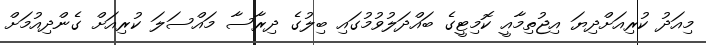
މިއަދު ކުރިއަށްދިޔަ އިޖުތިމާއީ ކޮމިޓީގެ ބައްދަލުވުމުގައި ބިލުގެ ދިރާސާ މައްސަލަ ކުރިއަށް ގެންދިއުމަށް